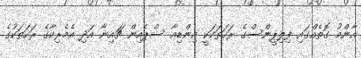
އާންމު ގޮތެއްގައި ފިލިޕީންސްގެ ރަހަތަކަކީ އިންޑިއާ ސްޕެއިން ޗައިނާ އަދި އެމެރިކާގެ ރަހަތަކުގެ